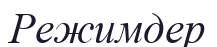
Режимдер